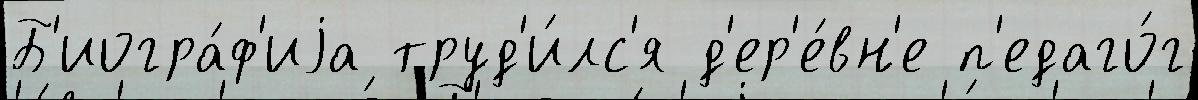
Б'иогра́ф'иjа труд'и́лс'я д'ер'е́вн'е п'едаго́г